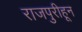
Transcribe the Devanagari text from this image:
राजपुरीहून